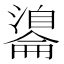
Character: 𦤢